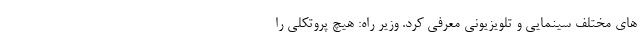
های مختلف سینمایی و تلویزیونی معرفی کرد. وزیر راه: هیچ پروتکلی را